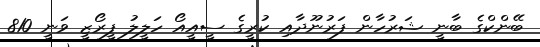
ބޭންކްގެ ބާނީ ޝަރުހާން ފަރުނޫދާއި ކުރީގެ ސީއީއޯ ހަލީލު ފީރޯޒީ ވަނީ 810